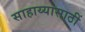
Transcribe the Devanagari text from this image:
साहाय्यासाठीं